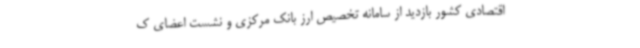
اقتصادی کشور بازدید از سامانه تخصیص ارز بانک مرکزی و نشست اعضای ک